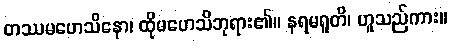
တဿမဟေသိနော၊ ထိုမဟေသိဘုရား၏။ နရမရူတိ၊ ဟူသည်ကား။